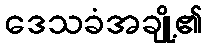
ဒေသခံအချို့၏